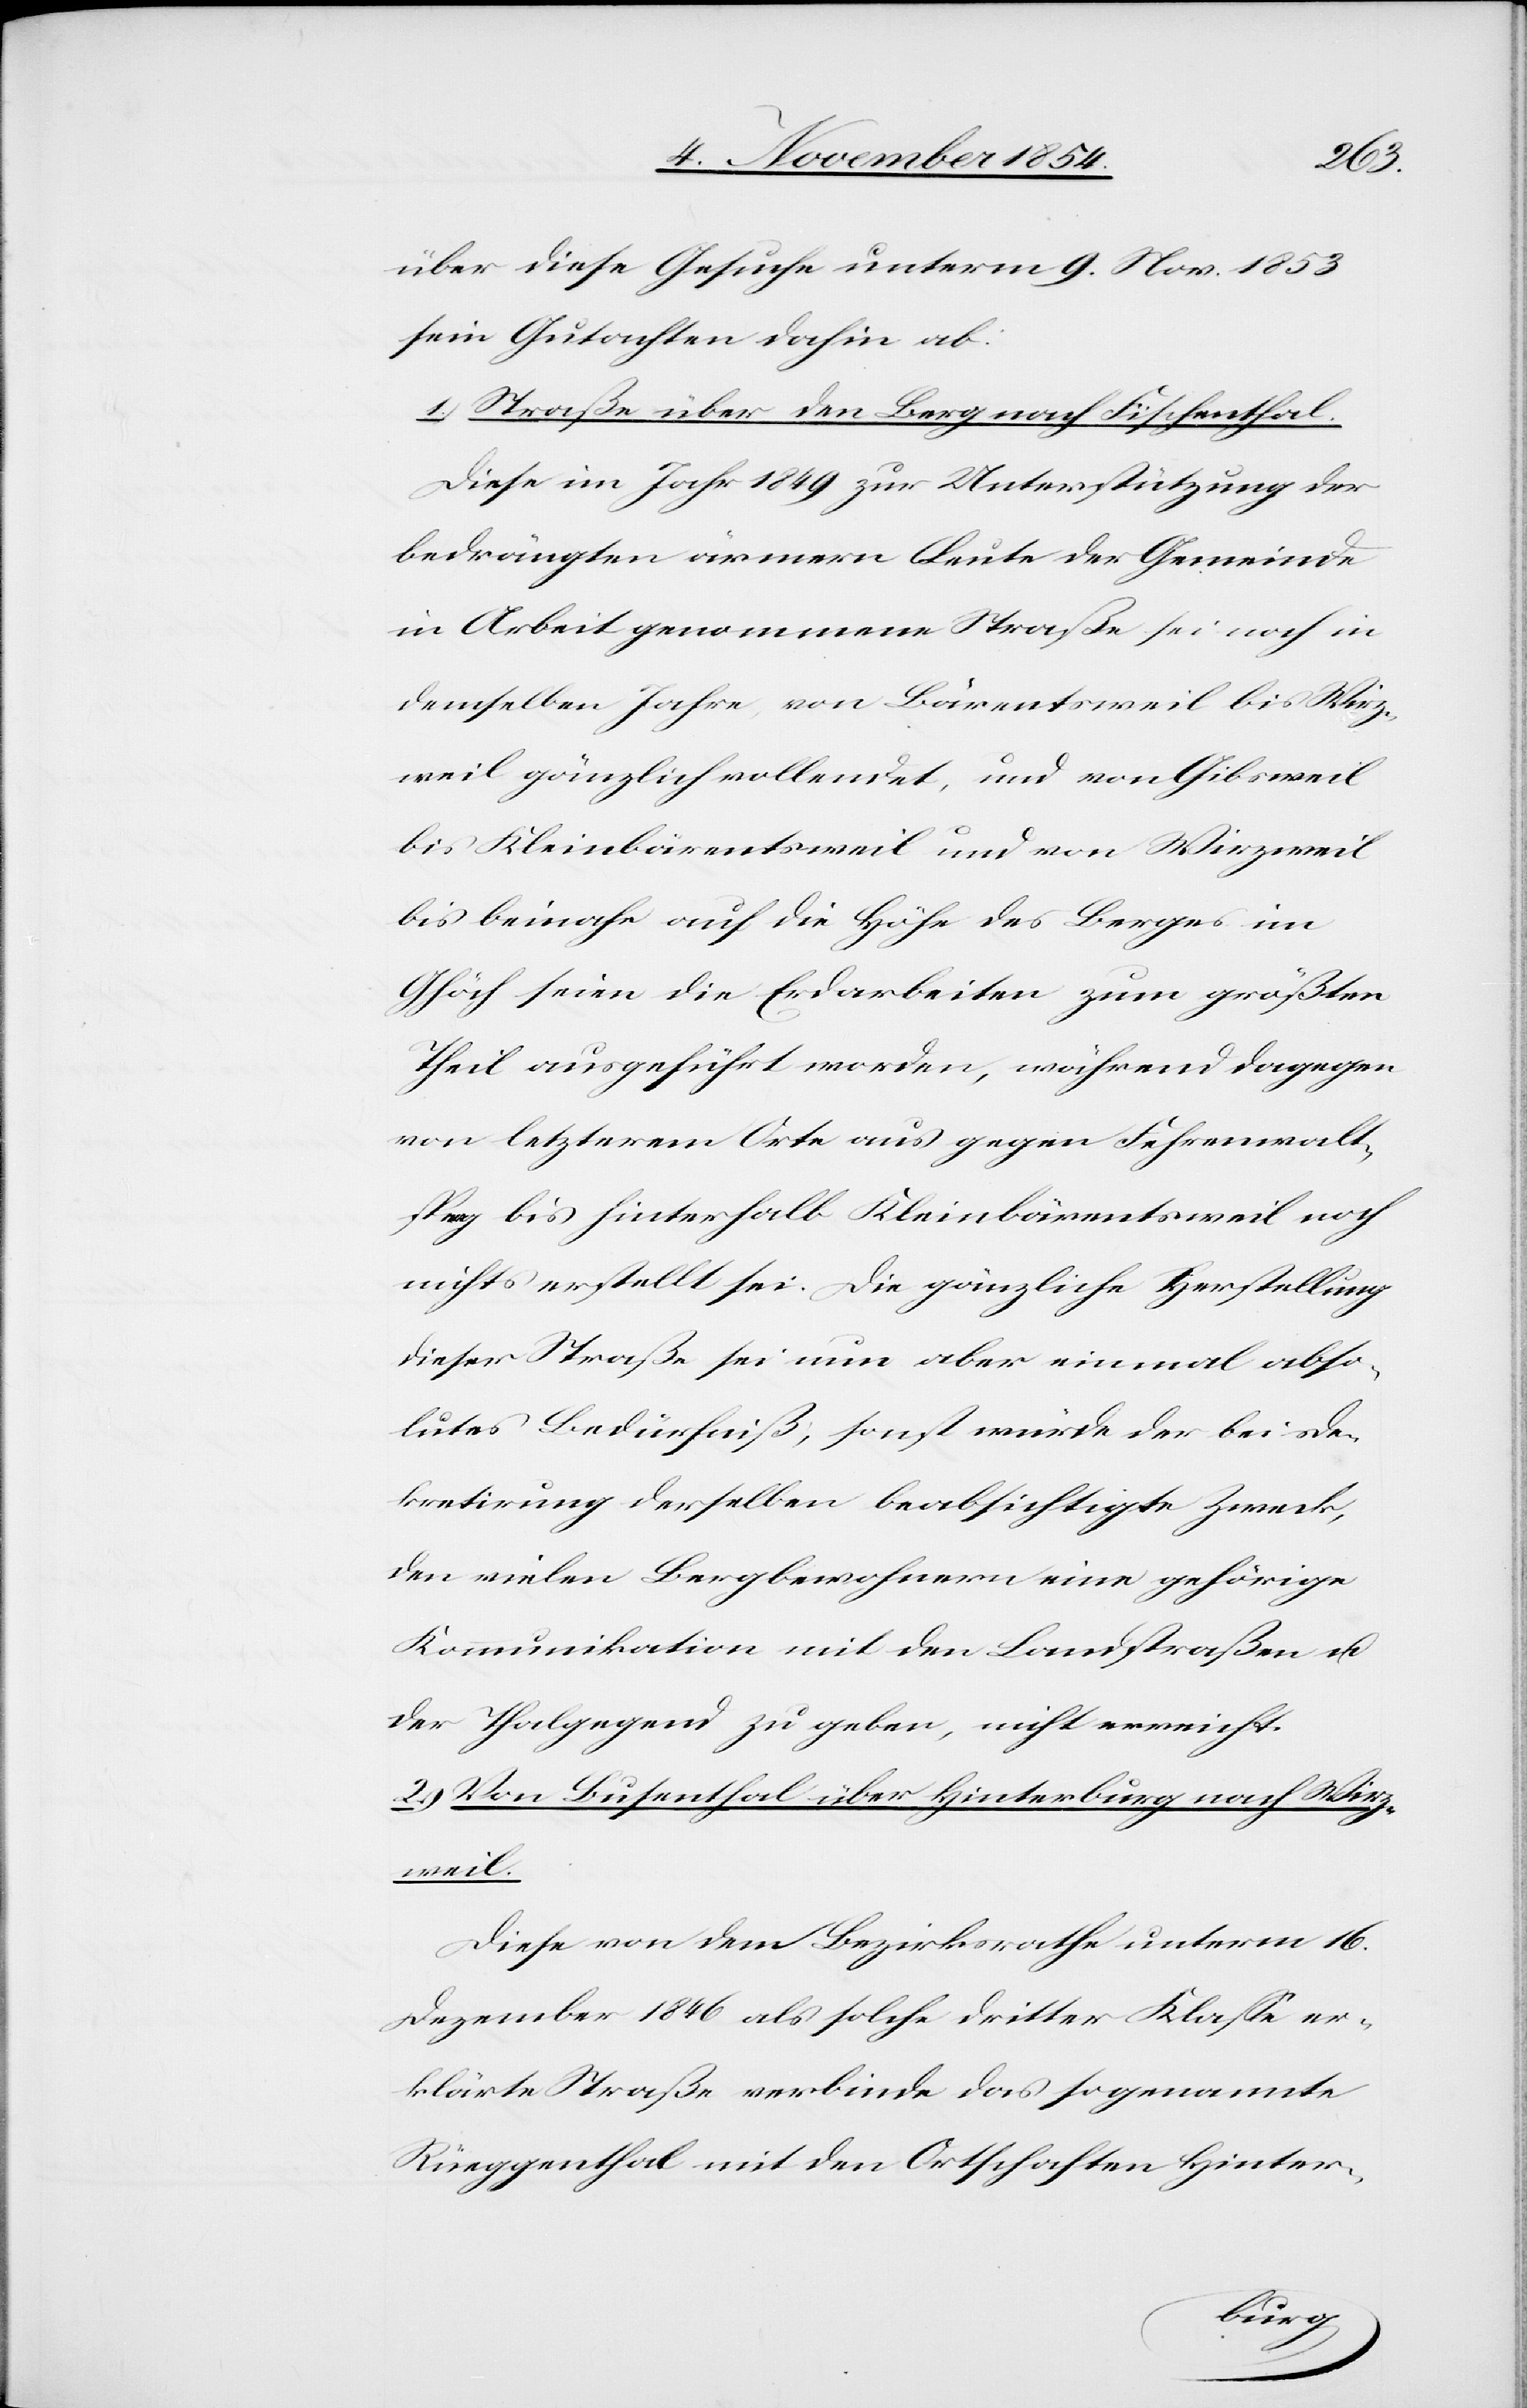
über diese Gesuche unterm 9. Nov. 1853
sein Gutachten dahin ab:
1.) Straße über den Berg nach Fischenthal.
Diese im Jahr 1849 zur Unterstützung der
bedrängten ärmern Leute der Gemeinde
in Arbeit genommene Straße sei noch in
demselben Jahre, von Bärentsweil bis Wirz¬
weil gänzlich vollendet, und von Gibsweil
bis Kleinbärentsweil und von Wirzweil
bis beinahe auf die Höhe des Berges im
Ghöch seien die Erdarbeiten zum größten
Theil ausgeführt worden, während dagegen
von letzterem Orte aus gegen Fehrenwalt¬
sperg bis hinterhalb Kleinbärentsweil noch
nichts erstellt sei. Die gänzliche Herstellung
dieser Straße sei nun aber einmal abso¬
lutes Bedürfniß, sonst würde der bei De¬
kretirung derselben beabsichtigte Zweck,
den vielen Bergbewohnern eine gehörige
Kommunikation mit den Landstraßen u.
der Thalgegend zu geben, nicht erreicht.
2.) Von Busenthal über Hinterburg nach Wirz¬
weil.
Diese von dem Bezirksrathe unterm 16.
Dezember 1846 als solche dritter Klaße er¬
klärte Straße verbinde das sogenannte
Rüeggenthal mit den Ortschaften Hinter-